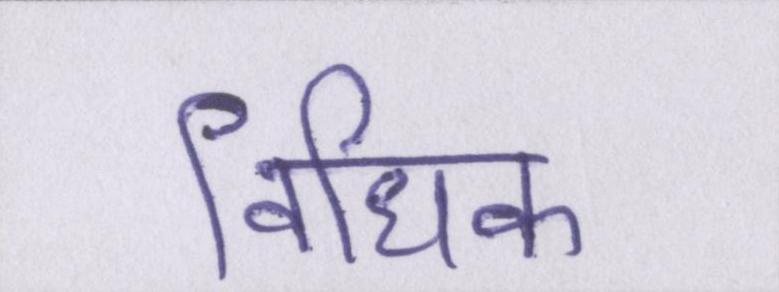
विधिक